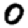
Digit: 0